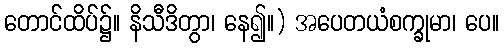
တောင်ထိပ်၌။ နိသီဒိတွာ၊ နေ၍။) အပေတယံစက္ခုမာ၊ ပေ။